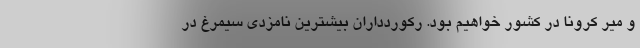
و میر کرونا در کشور خواهیم بود. رکوردداران بیشترین نامزدی سیمرغ در